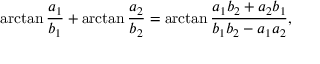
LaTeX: \arctan { \frac { a _ { 1 } } { b _ { 1 } } } + \arctan { \frac { a _ { 2 } } { b _ { 2 } } } = \arctan { \frac { a _ { 1 } b _ { 2 } + a _ { 2 } b _ { 1 } } { b _ { 1 } b _ { 2 } - a _ { 1 } a _ { 2 } } } ,